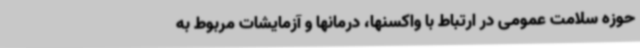
حوزه سلامت عمومی در ارتباط با واکسنها، درمانها و آزمایشات مربوط به